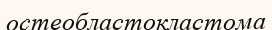
остеобластокластома